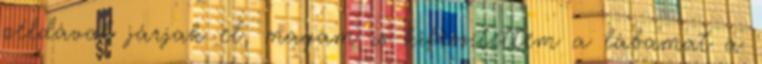
példával járjak el, magam is kifeszítettem a lábamat a